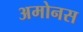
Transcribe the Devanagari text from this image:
अमोनस